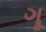
ગૂ